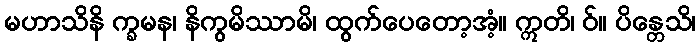
မဟာသိနိ က္ခမန၊ နိကွမိဿာမိ၊ ထွက်ပေတော့အံ့။ ဣတိ၊ ဝ်။ ပိန္တေသိ၊